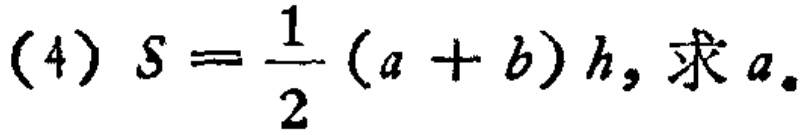
(4) \(S = \frac{1}{2}(a + b)h\), 求 \(a\)。